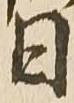
日